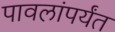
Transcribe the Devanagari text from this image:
पावलांपर्यंत